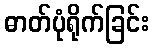
ဓာတ်ပုံရိုက်ခြင်း